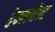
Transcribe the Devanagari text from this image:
डेवलमेन्ट